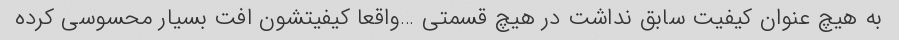
به هیچ عنوان کیفیت سابق نداشت در هیچ قسمتی …واقعا کیفیتشون افت بسیار محسوسی کرده